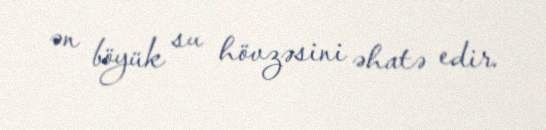
ən böyük su hövzəsini əhatə edir.